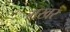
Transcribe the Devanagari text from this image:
गखर